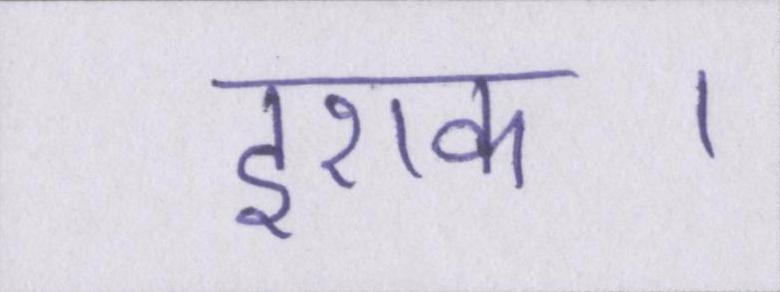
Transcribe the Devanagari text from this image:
इराक।